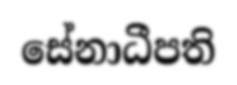
සේනාධීපති